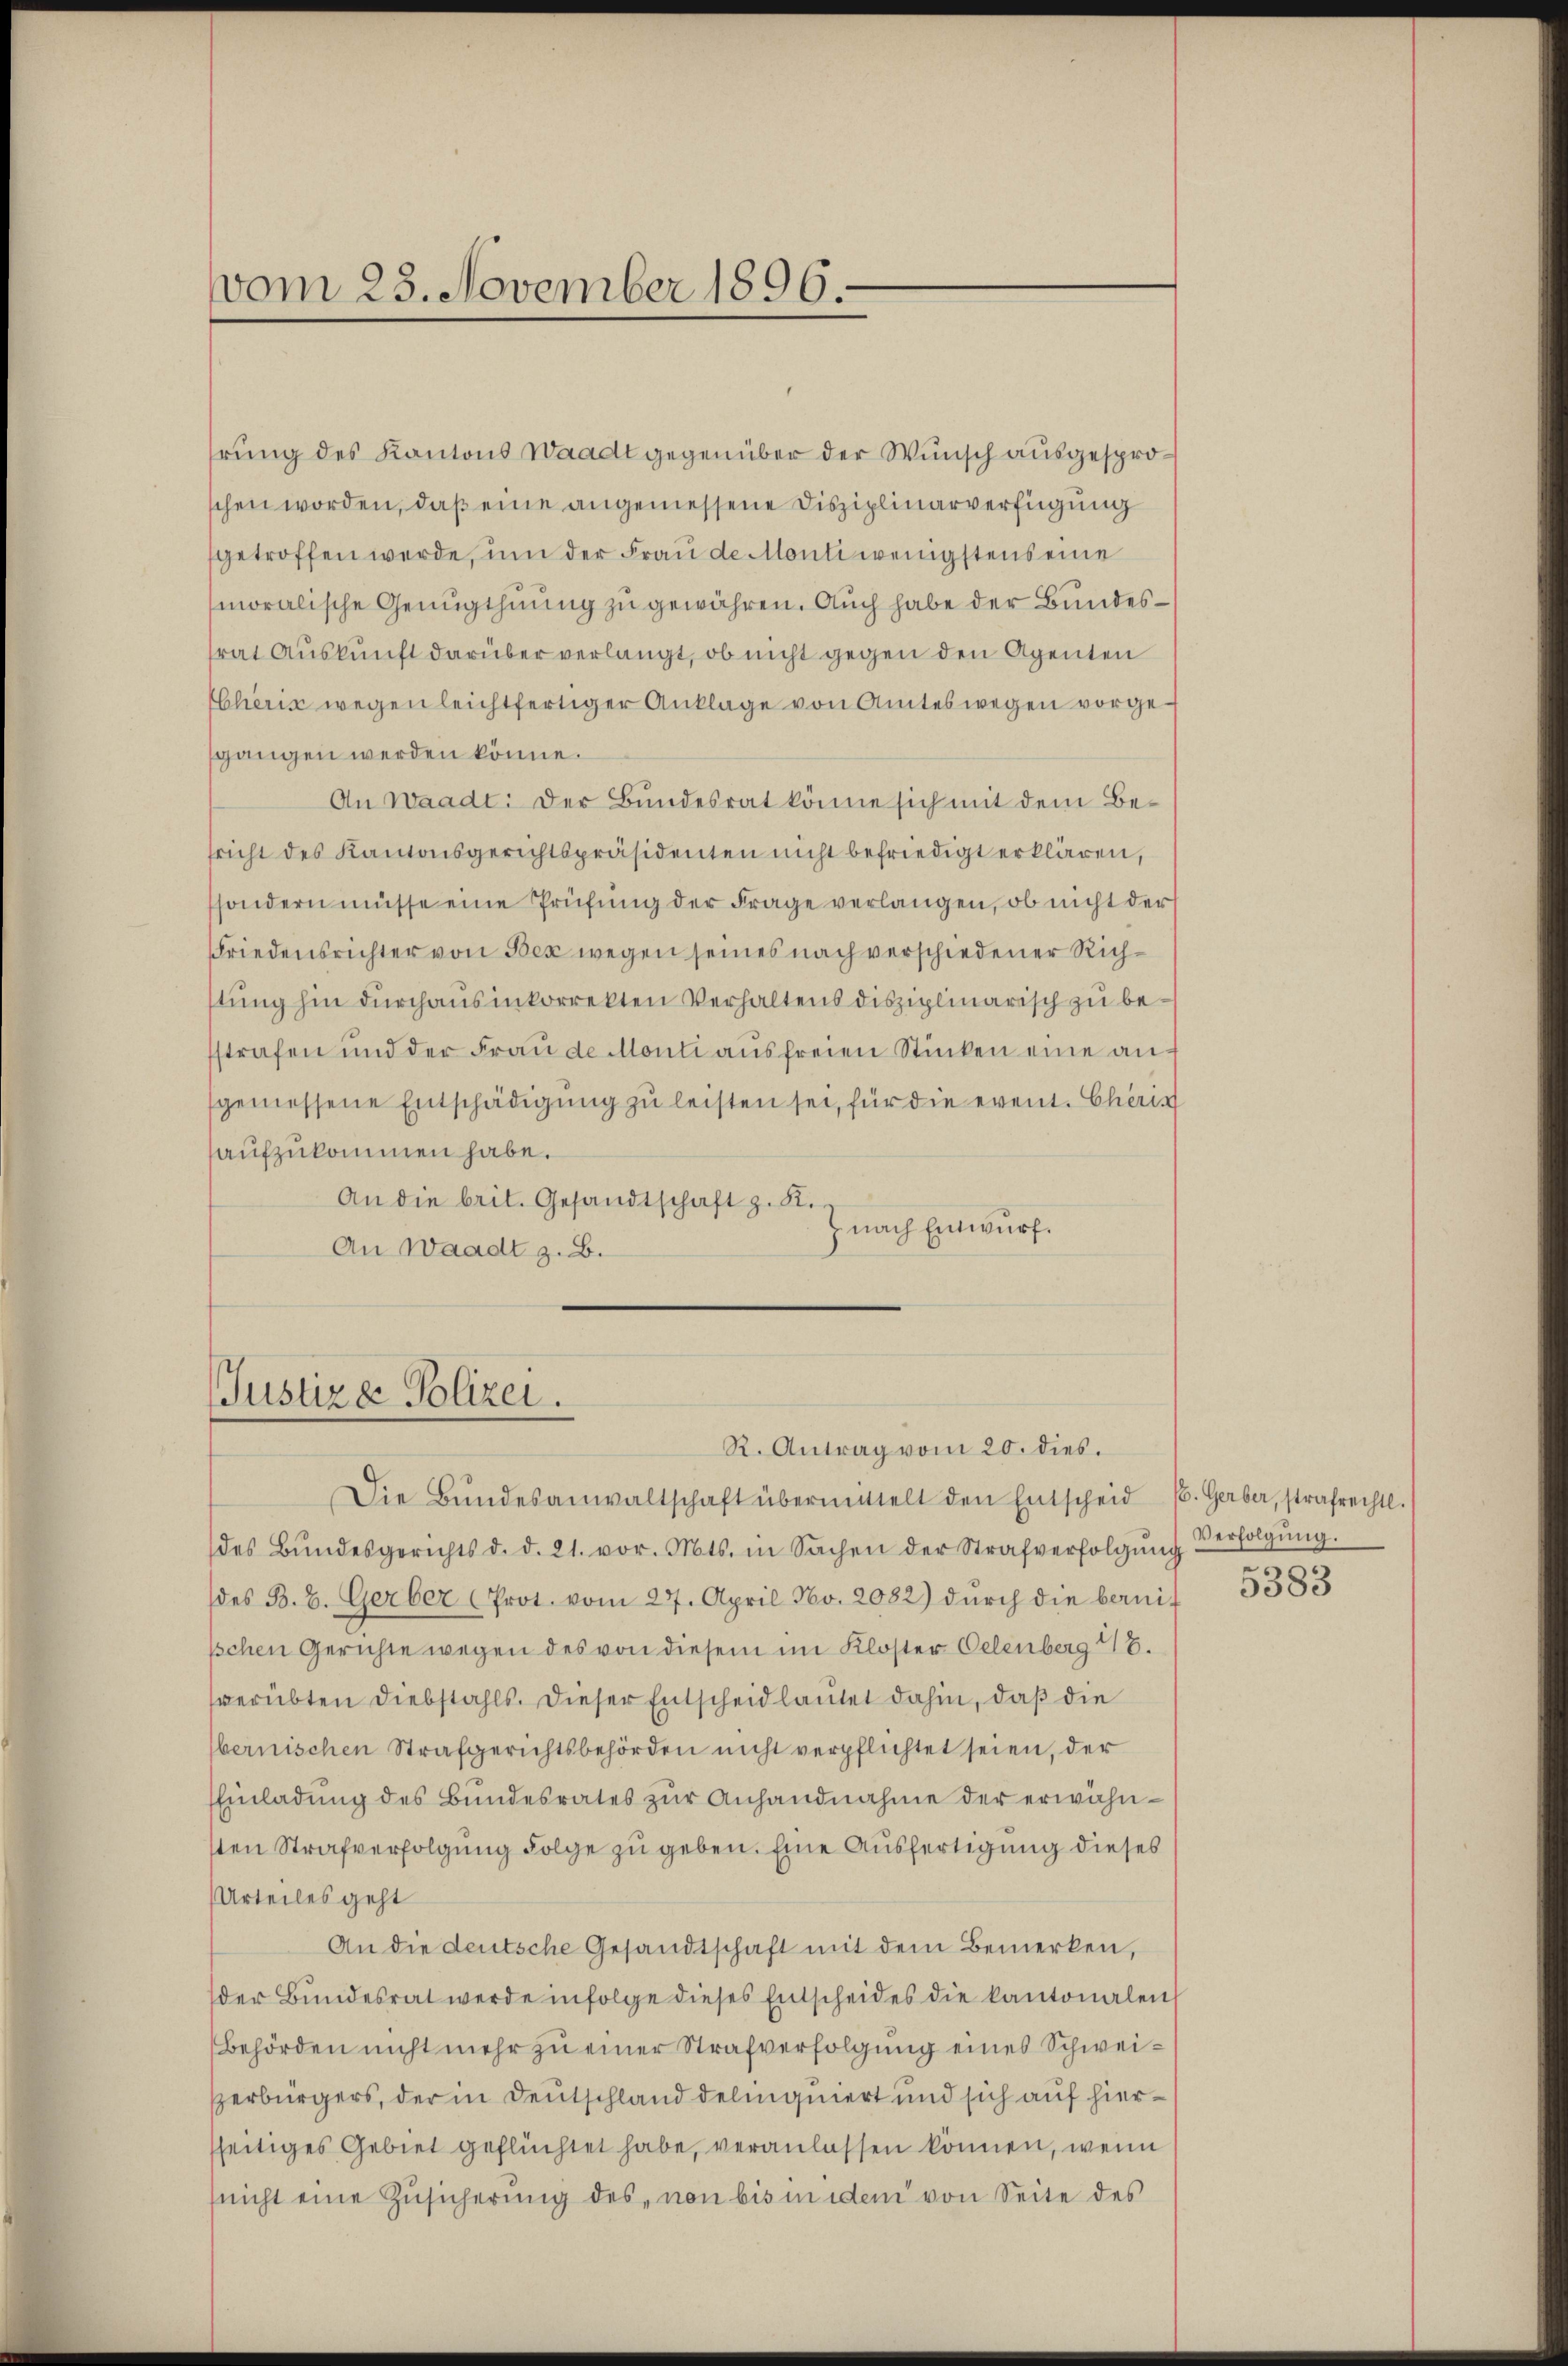
vom 25. November 1896.

rung des Kantons Waadt gegenüber der Wunsch ausgesproschen worden, daß eine angemessene Disziplinarverfügung
getroffen werde, um der Frau de Monti wenigstens eine
moralische Genugthuung zu gewähren. Auch habe der Bundestrat Auskunft darüber verlangt, ob nicht gegen den Agenten
Cheris wegen leichtfertiger Anklage von Amtes wegen vorgesgangen werden könne.
An Waadt: Der Bundesrat könne sich mit dem Besricht des Kantonsgerichtspräsidenten nicht befriedigt erklären,
sondern müsse eine Prüfŭng der Frage verlangen, ob nicht der
Friedensrichter von Bex wegen seines nach verschiedener Richstung hin durchausinkorrekten Verhaltens disziplinarisch zu besstrafen und der Frau de Monti ausfreien Stücken eine angemessene Entschädigŭng zŭ leisten sei, für die event. Chris
aufzukommen habe.
An die brit. Gesandtschaft z. K.
h nach Entwurf.
An Waadt z. B.

Justiza Polizei.

R. Antrag vom 20. dies.
Die Bŭndesanwaltschaft übermittelt den Entscheid E. Gerber, strafrechtl.
des Bŭndesgerichts d. d. 21. vor. Mts. in Sachen der Strafverfolgŭng verfolgŭng.
(des B. b. Gerber (Prot. vom 27. April No. 2082) dŭrch die bernit
pchen Gerichte wegen des von diesem im Kloster Oelenberg 18.
verübten Diebstahls. Dieser Entscheid lautet dahin, daß die
bernischen Strafgerichtsbehörden nicht verpflichtet seien, der
Einladung des Bundesrates zur Anhandnahme der erwähnsten Strafverfolgung Folge zu geben. Eine Ausfertigung dieses
Urteiles geht
An die deutsche Gesandtschaft mit dem Bemerken,
der Bundesrat werde infolge dieses Entscheides die kantonalen
Behörden nicht mehr zu einer Strafverfolgung eines Schweizerbürgers, der in Deutschland delinquiert und sich auf hierseitiges Gebiet geflüchtet habe, veranlassen können, wenn
(nicht eine Zŭsicherung des non bis in iden von Seite des

5383